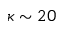
\kappa \sim 2 0